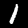
Digit: 1